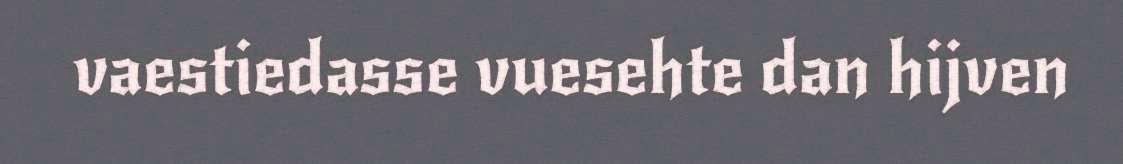
vaestiedasse vuesehte dan hijven